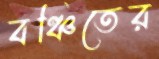
বঞ্চিতের